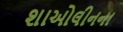
શાઓલીનના